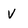
Character: V